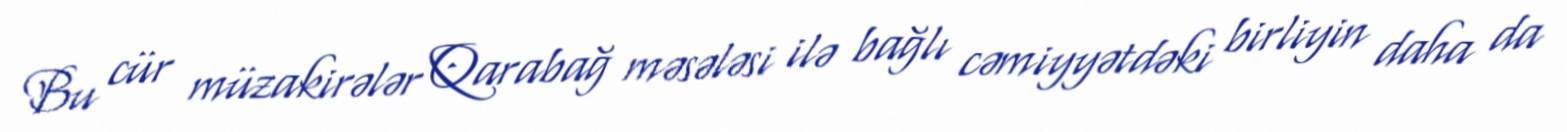
Bu cür müzakirələr Qarabağ məsələsi ilə bağlı cəmiyyətdəki birliyin daha da